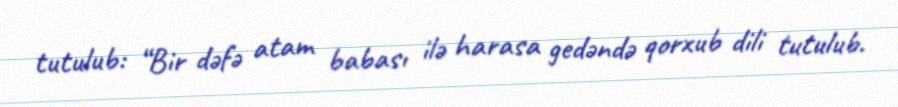
tutulub: “Bir dəfə atam babası ilə harasa gedəndə qorxub dili tutulub.